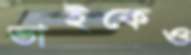
ভাইকেও